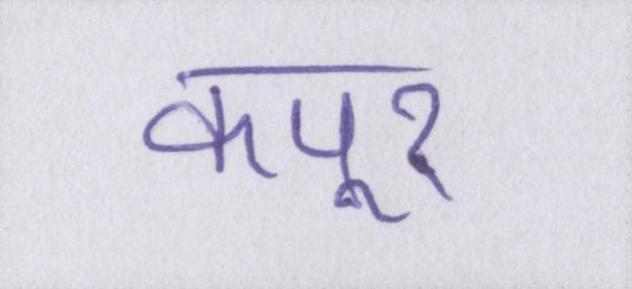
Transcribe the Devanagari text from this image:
कपूर